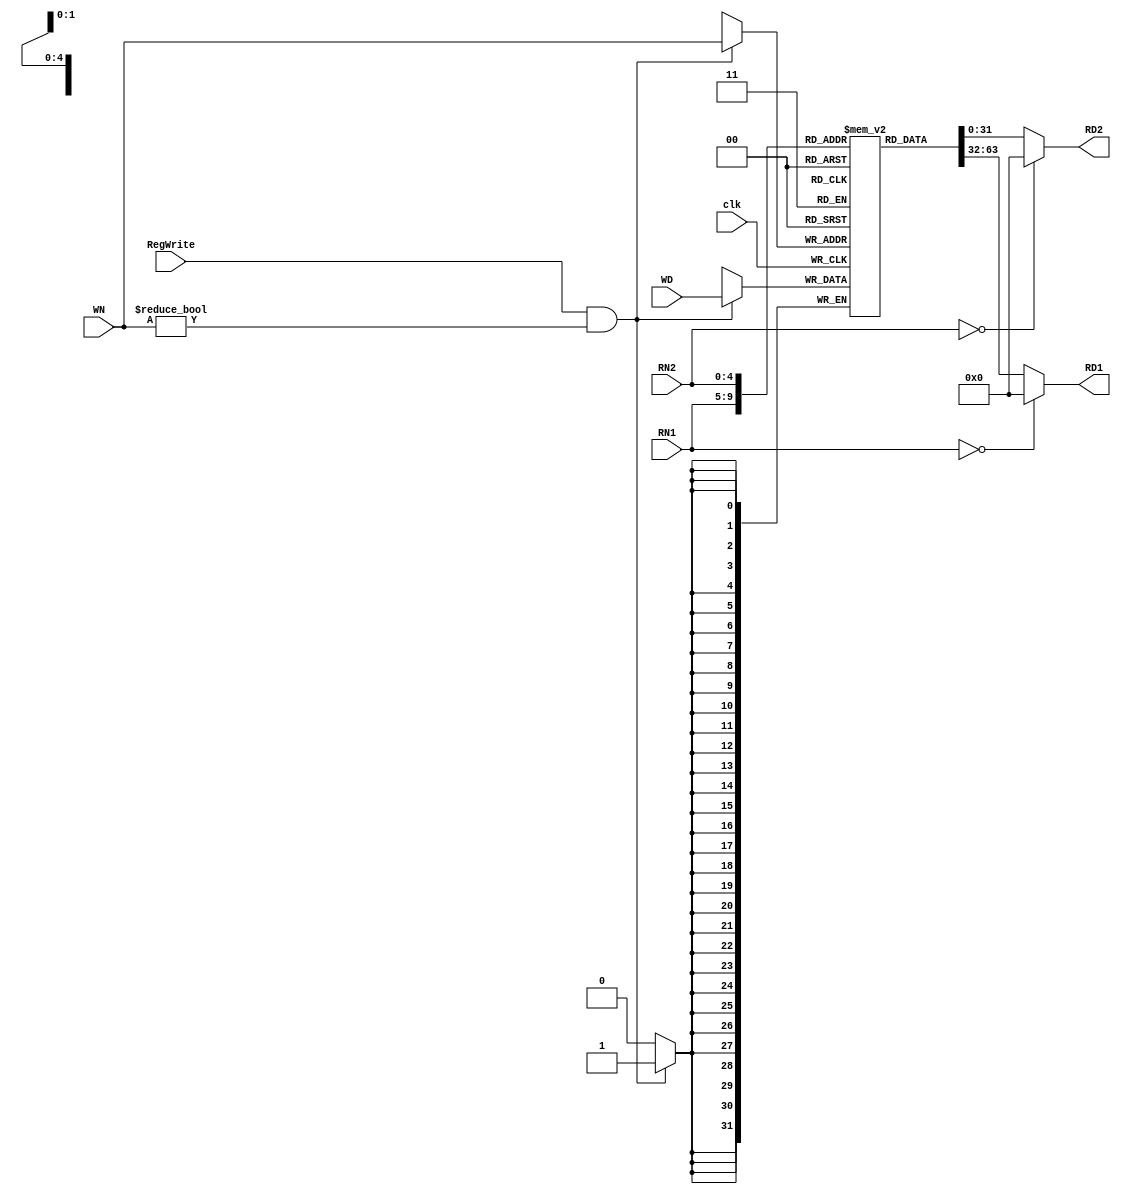
/*
	Input Port
		1. clk
		2. RegWrite: sO_igJ
		3. RN1: rsss
		4. RN2: rtss
		5. WN: gJss
		6. WD: gJs
	Output Port
		1. RD1: rss
		2. RD2: rts
*/
module reg_file( clk, RegWrite, RN1, RN2, WN, WD, RD1, RD2 );
	input clk;
	input RegWrite;
	input[4:0] RN1, RN2, WN;
	input[31:0] WD;
	output reg [31:0] RD1, RD2;

	reg[31:0] file_array[31:1];

	always @( RN1 or file_array[RN1] ) begin   
		if ( RN1 == 0 )
			RD1 = 32'd0;
		else
			RD1 = file_array[RN1];
		$display( "%d, reg_file[%d] => %d (Port 1)", $time, RN1, RD1);
	end

	always @( RN2 or file_array[RN2] ) begin
		if ( RN2 == 0 )
			RD2 = 32'd0;
		else
			RD2 = file_array[RN2];
		$display( "%d, reg_file[%d] => %d (Port 2)", $time, RN2, RD2);
	end

	always @( posedge clk ) begin
		if ( RegWrite && (WN != 0) ) begin 
			file_array[WN] <= WD;
			$display( "%d, reg_file[%d] <= %d (Write)", $time, WN, WD);
		end
	end
endmodule